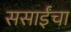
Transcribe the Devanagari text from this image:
ससाईंचा